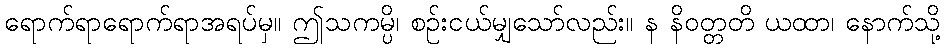
ရောက်ရာရောက်ရာအရပ်မှ။ ဤသကမ္ပိ၊ စဉ်းငယ်မျှသော်လည်း။ န နိဝတ္တတိ ယထာ၊ နောက်သို့